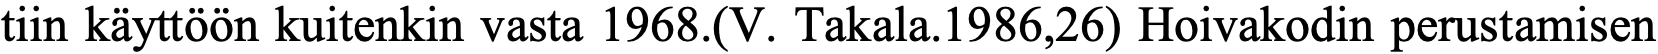
tiin käyttöön kuitenkin vasta 1968.(V. Takala.1986,26) Hoivakodin perustamisen